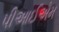
પીઆઈએમ